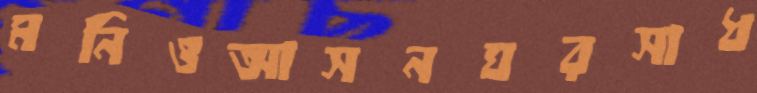
মনিওআসনঘরসাধ